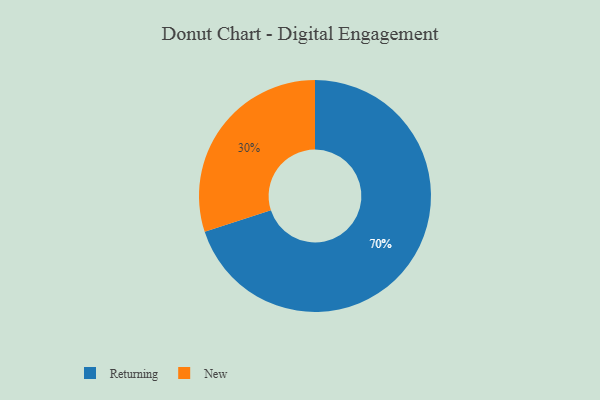
{"axis": {"x": "Category", "y": "Percentage"}, "legend": ["New", "Returning"], "data": [{"x": "New", "y": 30, "type": "New"}, {"x": "Returning", "y": 70, "type": "Returning"}]}